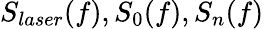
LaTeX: S_{laser}(f),S_{0}(f),S_{n}(f)